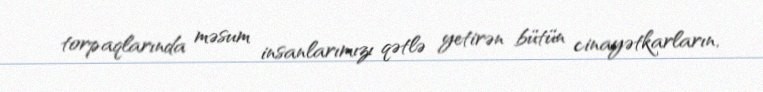
torpaqlarında məsum insanlarımızı qətlə yetirən bütün cinayətkarların,